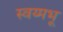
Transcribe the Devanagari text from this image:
स्वय्मभू